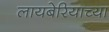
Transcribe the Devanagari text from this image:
लायबेरियाच्या